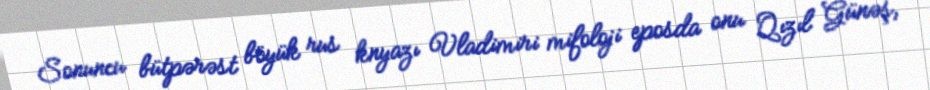
Sonuncu bütpərəst böyük rus knyazı Vladimiri mifoloji eposda onu Qızıl Günəş,